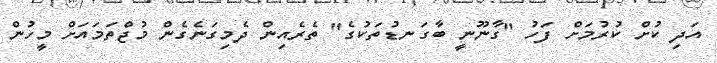
އަދި ކުށް ކުރުމަށް ފަހު "ގާނޫނީ ބާގަނޑުތަކުގެ" ތެރެއިން ދެމިގަނެގެން މުޖްތަމައަށް މީހުން